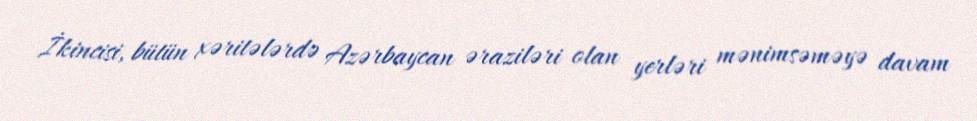
İkincisi, bütün xəritələrdə Azərbaycan əraziləri olan yerləri mənimsəməyə davam